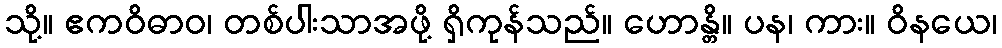
သို့။ ဧကဝိဓာဝ၊ တစ်ပါးသာအဖို့ ရှိကုန်သည်။ ဟောန္တိ။ ပန၊ ကား။ ဝိနယေ၊